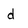
Character: d